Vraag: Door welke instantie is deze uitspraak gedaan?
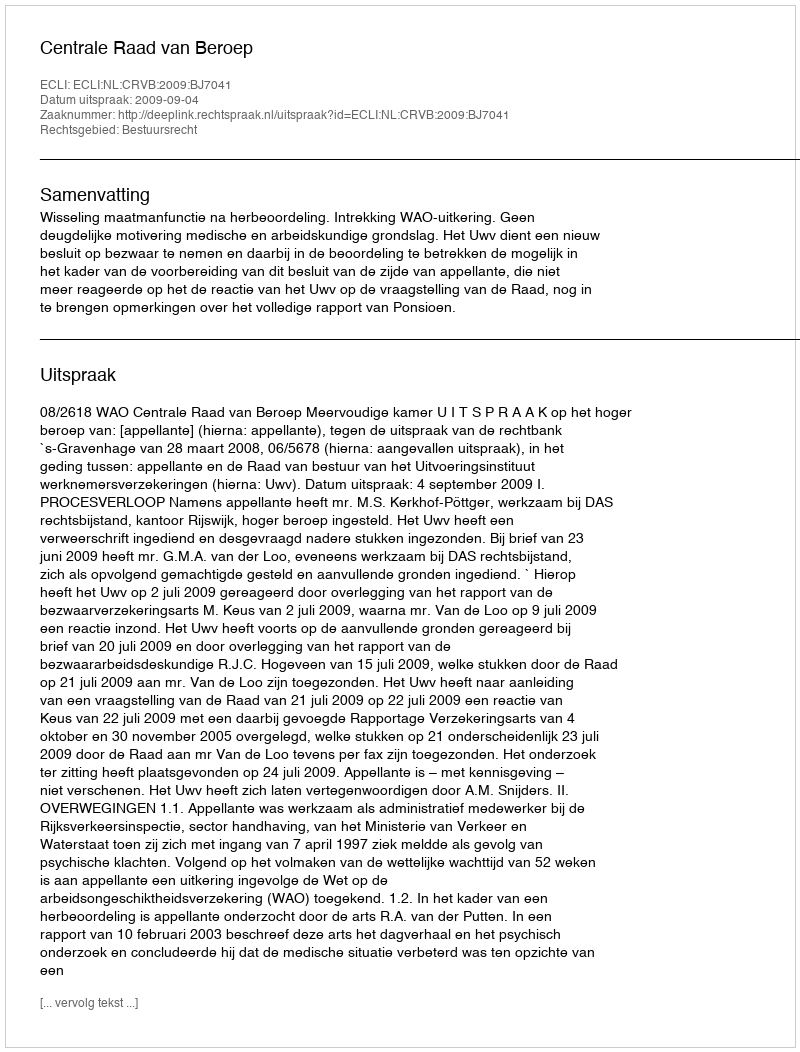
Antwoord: Centrale Raad van Beroep